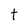
Character: t